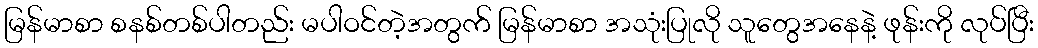
မြန်မာစာ စနစ်တစ်ပါတည်း မပါဝင်တဲ့အတွက် မြန်မာစာ အသုံးပြုလို သူတွေအနေနဲ့ ဖုန်းကို လုပ်ပြီး